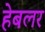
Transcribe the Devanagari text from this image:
हेबलर